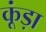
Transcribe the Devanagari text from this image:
कूंड़ा